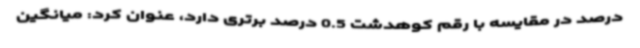
درصد در مقایسه با رقم کوهدشت 0.5 درصد برتری دارد، عنوان کرد: میانگین